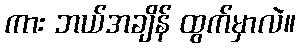
ကား ဘယ်အချိန် ထွက်မှာလဲ။